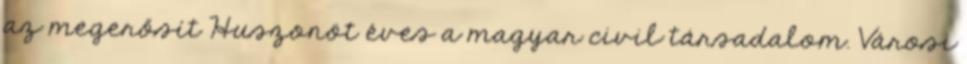
az megerősít Huszonöt éves a magyar civil társadalom. Városi